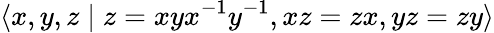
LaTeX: \langle x,y,z\mid z=xyx^{-1}y^{-1},xz=zx,yz=zy\rangle